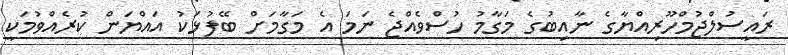
ރައީސުލްޖުމްހޫރިއްޔާގެ ނާއިބުގެ މަގާމު ހުސްވެއްޖެ ނަމަ އެ މަގާމަށް ބޭފުޅަކު އައްޔަން ކުރެއްވުމަކީ